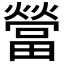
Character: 𰟯